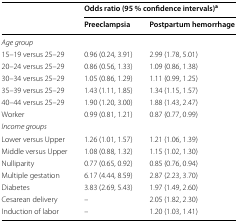
| <ROWSPAN=2>  | <COLSPAN=2> Odds ratio (95 % confidence intervals)a |
 | Preeclampsia | Postpartum hemorrhage |
 | --- | --- | --- |
 | <COLSPAN=3> Age group |
 | 15–19 versus 25–29 | 0.96 (0.24, 3.91) | 2.99 (1.78, 5.01) |
 | 20–24 versus 25–29 | 0.86 (0.56, 1.33) | 1.09 (0.86, 1.38) |
 | 30–34 versus 25–29 | 1.05 (0.86, 1.29) | 1.11 (0.99, 1.25) |
 | 35–39 versus 25–29 | 1.43 (1.11, 1.85) | 1.34 (1.15, 1.57) |
 | 40–44 versus 25–29 | 1.90 (1.20, 3.00) | 1.88 (1.43, 2.47) |
 | Worker | 0.99 (0.81, 1.21) | 0.87 (0.77, 0.99) |
 | <COLSPAN=3> Income groups |
 | Lower versus Upper | 1.26 (1.01, 1.57) | 1.21 (1.06, 1.39) |
 | Middle versus Upper | 1.08 (0.88, 1.32) | 1.15 (1.02, 1.30) |
 | Nulliparity | 0.77 (0.65, 0.92) | 0.85 (0.76, 0.94) |
 | Multiple gestation | 6.17 (4.44, 8.59) | 2.87 (2.23, 3.70) |
 | Diabetes | 3.83 (2.69, 5.43) | 1.97 (1.49, 2.60) |
 | Cesarean delivery | – | 2.05 (1.82, 2.30) |
 | Induction of labor | – | 1.20 (1.03, 1.41) |